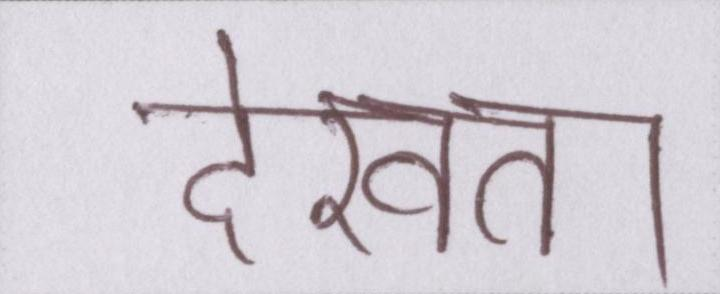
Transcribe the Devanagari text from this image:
देखता